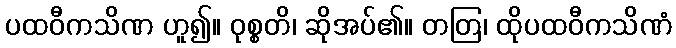
ပထဝီကသိဏ ဟူ၍။ ဝုစ္စတိ၊ ဆိုအပ်၏။ တတြ၊ ထိုပထဝီကသိဏံ